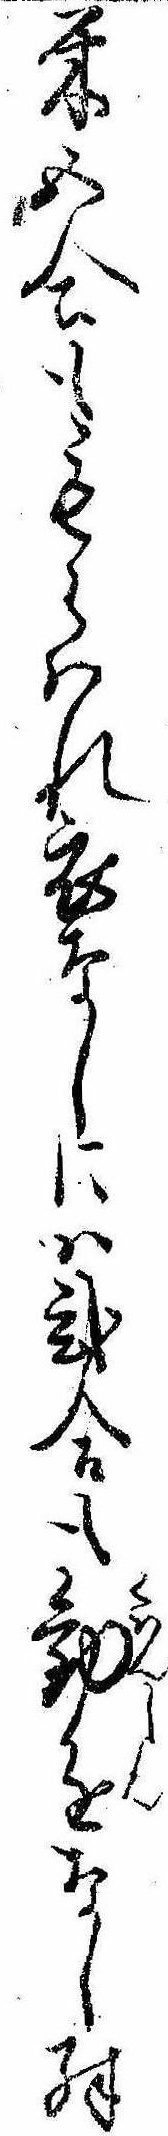
米五合ももらはれ衣なしには弐合も勧進なし殊